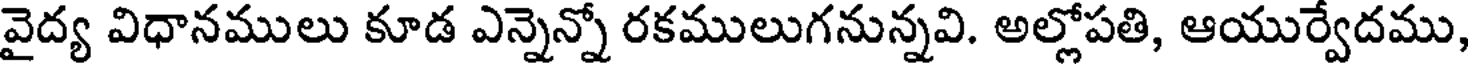
వైద్య విధానములు కూడ ఎన్నెన్నో రకములుగనున్నవి. అల్లోపతి, ఆయుర్వేదము,